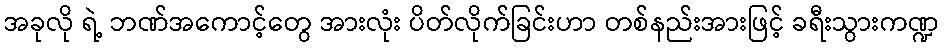
အခုလို ရဲ့ ဘဏ်အကောင့်တွေ အားလုံး ပိတ်လိုက်ခြင်းဟာ တစ်နည်းအားဖြင့် ခရီးသွားကဏ္ဍ